Civil Veterinary Dept. Bombay admin report 1893-99 - 1893-1899
Year: 1893
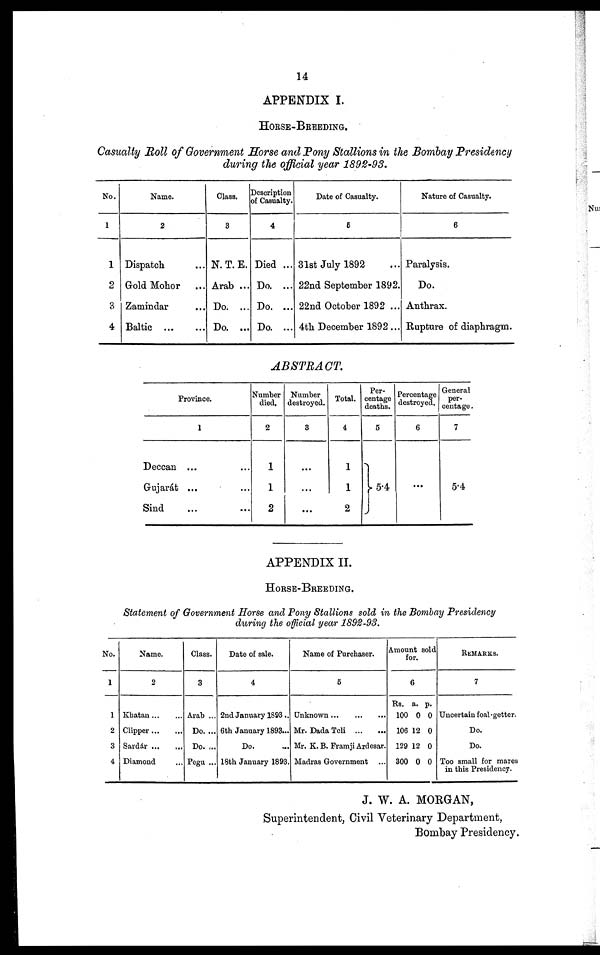
14
APPENDIX I.
HORSE-BREEDING.
Casualty Roll of Government Horse and Pony Stallions in the Bombay Presidency
during the official year 1892-93.
No.
1
1
2
3
4
Name.
2
Dispatch ...
Gold Mohor ...
Zamindar ...
Baltic
...
...
Class.
3
N. T. E.
Arab ...
Do. ...
Do. ...
Description
of Casualty.
4
Died ...
Do. ...
Do. ...
Do. ...
Date of Casualty.
6
31st July 1892 ...
22nd September 1892.
22nd October 1892 ...
4th December 1892...
Nature of Casualty.
6
Paralysis.
Do.
Anthrax.
Rupture of diaphragm.
ABSTRACT.
Province.
1
Deccan ... ...
Gujarát ... ...
Sind ... ...
Number
died.
2
1
1
2
Number
destroyed.
3
...
...
...
Total.
4
1
1
2
Per-
centage
deaths.
5
5.4
Percentage
destroyed.
6
...
General
per-
centage.
7
5.4
APPENDIX II.
HORSE-BREEDING.
Statement of Government Horse and Pony Stallions sold in the Bombay Presidency
during the official year 1892-93.
No.
1
1
2
3
4
Name.
2
Khatan...
...
Clipper ... ...
Sardár
...
...
Diamond ...
Class.
3
Arab ...
Do. ...
Do. ....
Pegu ...
Date of sale.
4
2nd January 1893..
6th January 1893...
Do. ...
18th January 1893.
Name of Purchaser.
5
Unknown...
...
...
Mr. Dada Teli
...
...
Mr. K. B. Framji Ardesar.
Madras Government ...
Amount sold
for.
6
Rs.
100
106
129
300
a.
0
12
12
0
p.
0
0
0
0
REMARKS.
7
Uncertain foal-getter.
Do.
Do.
Too small for mares
in this Presidency.
J. W. A. MORGAN,
Superintendent, Civil Veterinary Department,
Bombay Presidency.